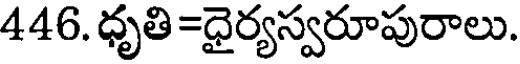
446. ధృతి =ధైర్యస్వరూపురాలు.